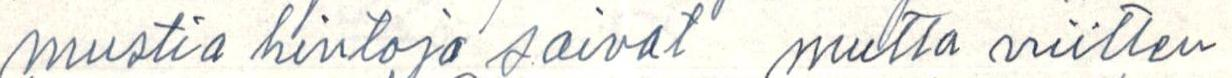
mustia hintoja saivat  mutta niitten